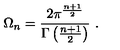
\Omega _ { n } = \frac { 2 \pi ^ { \frac { n + 1 } { 2 } } } { \Gamma \left( \frac { n + 1 } { 2 } \right) } \ .